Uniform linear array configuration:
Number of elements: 8
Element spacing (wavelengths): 0.5
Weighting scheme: uniform
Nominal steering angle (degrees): -45
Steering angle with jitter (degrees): -45.395
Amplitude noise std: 0.05
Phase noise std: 0.05

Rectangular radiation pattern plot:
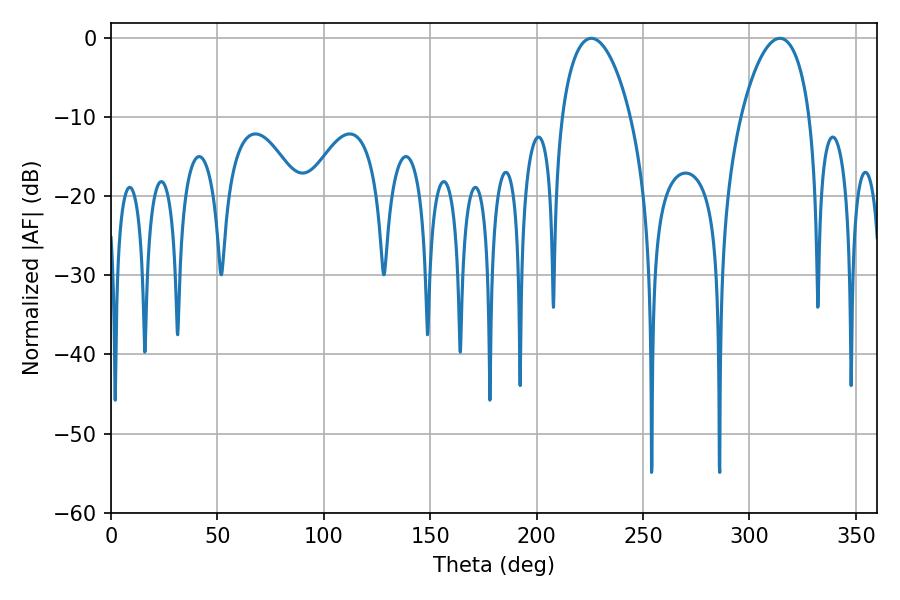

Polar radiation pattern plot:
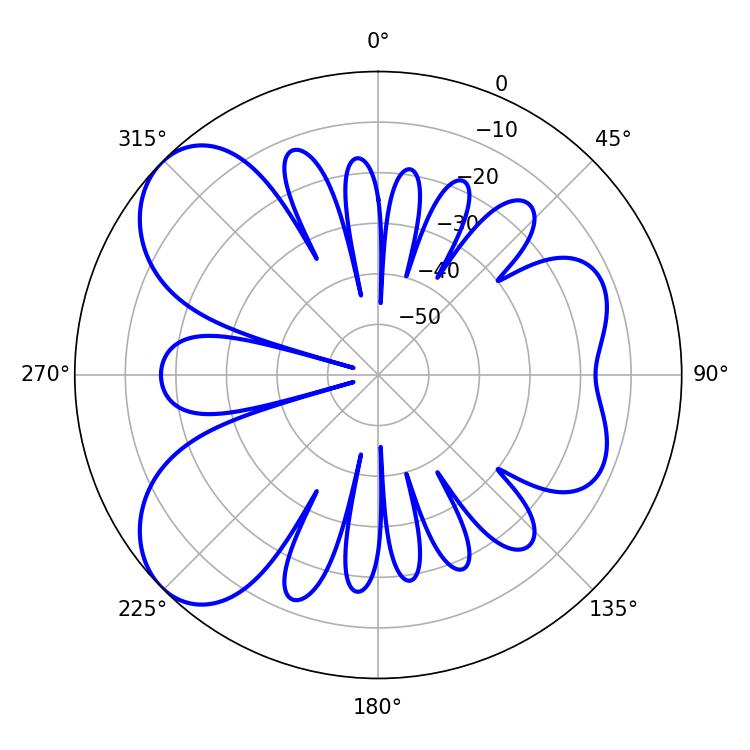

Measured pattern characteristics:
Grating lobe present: FALSE
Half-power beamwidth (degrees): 18.36
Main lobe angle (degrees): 314.28